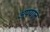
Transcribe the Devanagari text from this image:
अपयान